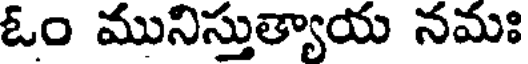
ఓం మునిస్తుత్యాయ నమః